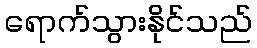
ရောက်သွားနိုင်သည်